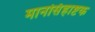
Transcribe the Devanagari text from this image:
मानसिंहाष्टक